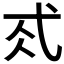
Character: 𢎂